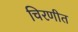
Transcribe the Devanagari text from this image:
चिरणीत